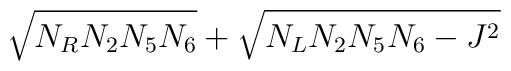
\sqrt{ N_R N_2 N_5 N_6} +\sqrt{ N_L N_2 N_5 N_6 - J^2 }